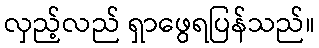
လှည့်လည် ရှာဖွေရပြန်သည်။